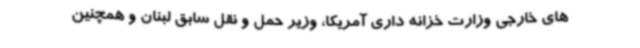
های خارجی وزارت خزانه داری آمریکا، وزیر حمل و نقل سابق لبنان و همچنین